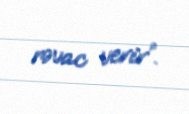
rəvac verir”.